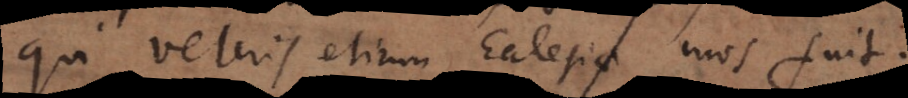
qui veteris etiam Ecclesiae mos fuit.